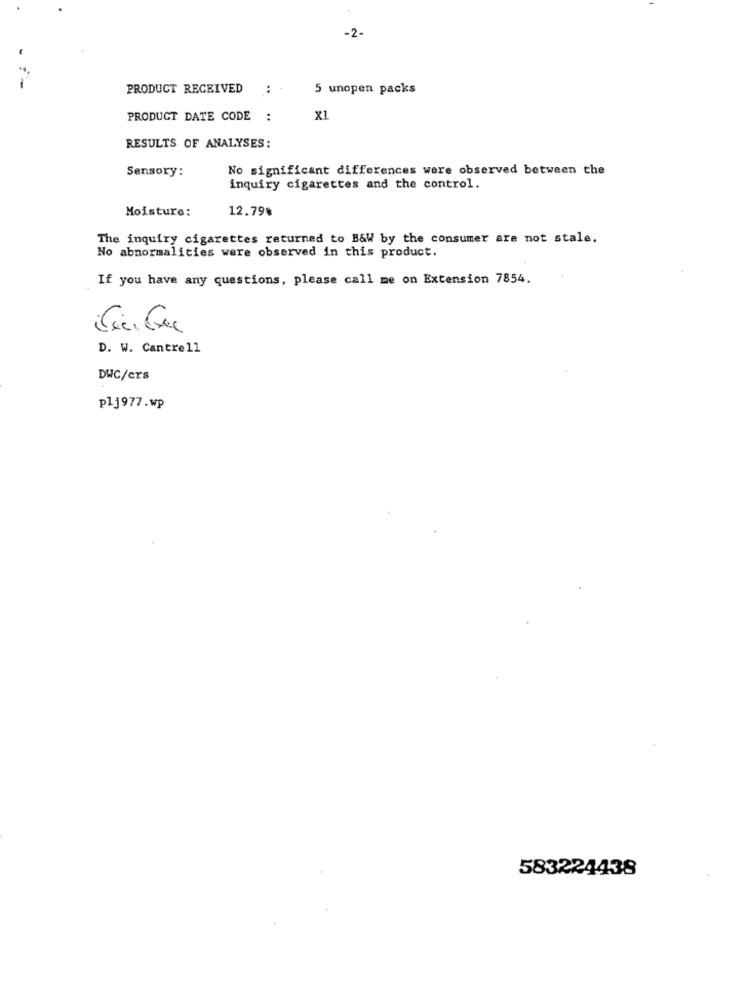
-2-
-
PRODUCT RECEIVED
..
5 unopen packs
PRODUCT DATE CODE :
X1
RESULTS OF ANALYSES:
Sensory:
No significant differences were observed between the
inquiry cigarettes and the control.
Moisture:
12.79%
The inquiry cigarettes returned to B&W by the consumer are not stale.
No abnormalities were observed in this product.
If you have any questions, please call me on Extension 7854.
D. W. Cantrell
DWC/ers
plj977.wp
583224438